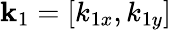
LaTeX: \mathbf{k}_{1}=[k_{1x},k_{1y}]